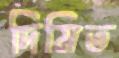
দিমিত